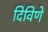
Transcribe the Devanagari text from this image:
दिविणे